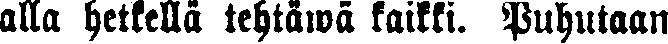
alla hetkellä tehtäwä kaikki. Puhutaan